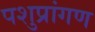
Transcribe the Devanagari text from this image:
पशुप्रांगण